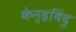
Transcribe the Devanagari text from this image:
केन्द्रबिंदु